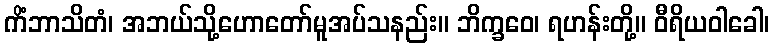
ကိံဘာသိတံ၊ အဘယ်သို့ဟောတော်မူအပ်သနည်း။ ဘိက္ခဝေ၊ ရဟန်းတို့။ ဝီရိယဝါခေါ၊